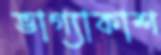
ভাগ্যাকাশ